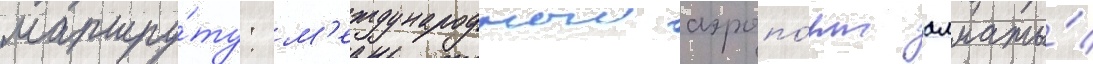
маршру́ту: м'еждународныи аэропо́рт алматы́